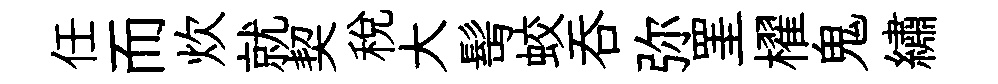
任而炊就契稅大髩蛟吞弥罣櫂鬼繡